65_HS1-834228961_62-HQ-83894_Section_8
Agency: FBI
Page 99
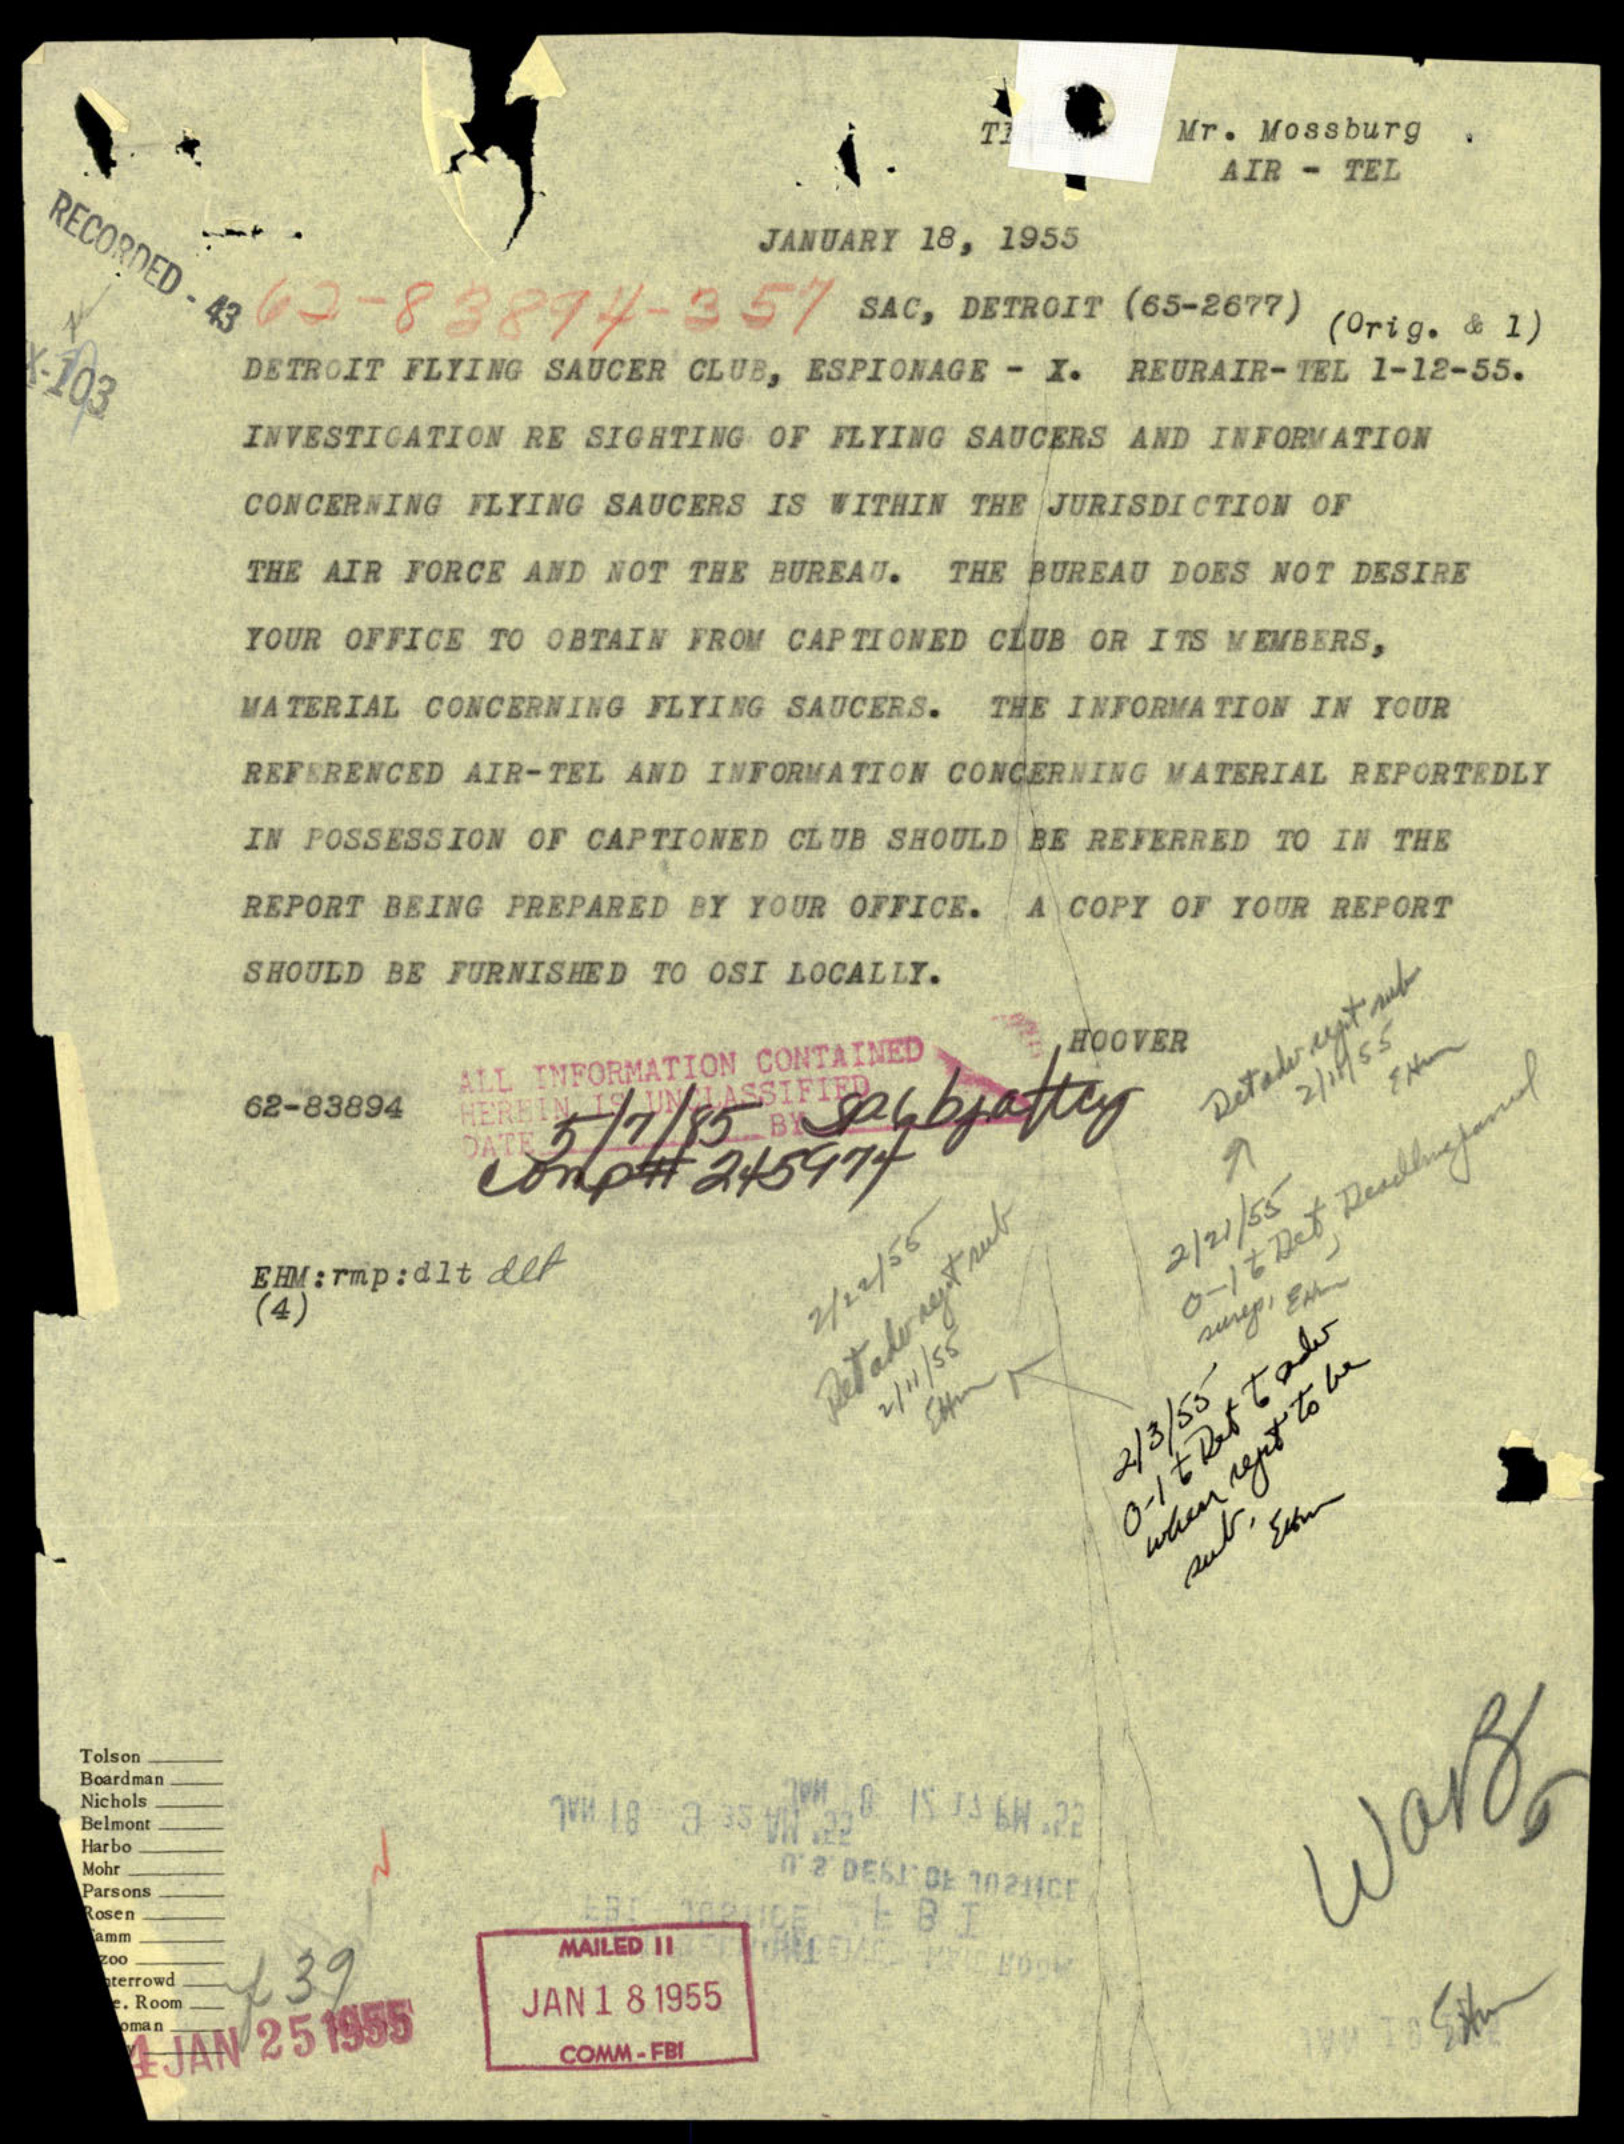